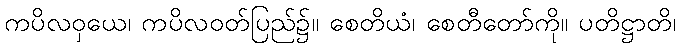
ကပိလဝှယေ၊ ကပိလဝတ်ပြည်၌။ စေတိယံ၊ စေတီတော်ကို။ ပတိဋ္ဌာတိ၊